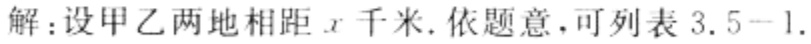
解：设甲乙两地相距\(x\)千米. 依题意，可列表\(3.5 - 1.\)